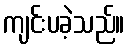
ကျင်းပခဲ့သည်။